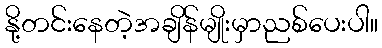
နို့တင်းနေတဲ့အချိန်မျိုးမှာညစ်ပေးပါ။